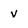
Character: v